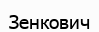
Зенкович